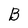
Character: B